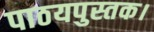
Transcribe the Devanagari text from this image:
पाठयपुस्तक।